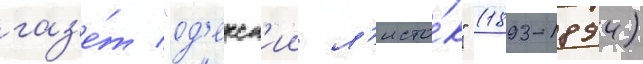
газ'е́т "од'есск'ии л'исто́к" (1893-1894)